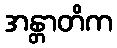
အန္တာတိက